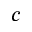
c